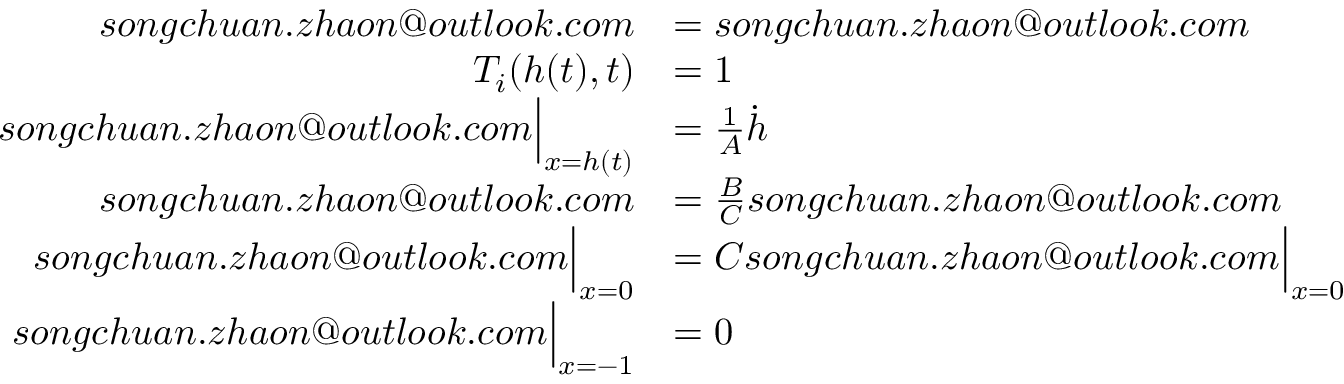
\begin{array} { r l } { s o n g c h u a n . z h a o n @ o u t l o o k . c o m } & { = s o n g c h u a n . z h a o n @ o u t l o o k . c o m } \\ { { T _ { i } } ( { h } ( t ) , t ) } & { = 1 } \\ { s o n g c h u a n . z h a o n @ o u t l o o k . c o m \Big \vert _ { x = h ( t ) } } & { = \frac 1 A \dot { h } } \\ { s o n g c h u a n . z h a o n @ o u t l o o k . c o m } & { = \frac B C s o n g c h u a n . z h a o n @ o u t l o o k . c o m } \\ { s o n g c h u a n . z h a o n @ o u t l o o k . c o m \Big \vert _ { x = 0 } } & { = C s o n g c h u a n . z h a o n @ o u t l o o k . c o m \Big \vert _ { x = 0 } } \\ { s o n g c h u a n . z h a o n @ o u t l o o k . c o m \Big \vert _ { x = - 1 } } & { = 0 } \end{array}